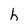
Character: h